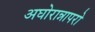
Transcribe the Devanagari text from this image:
अघोरान्नापरो